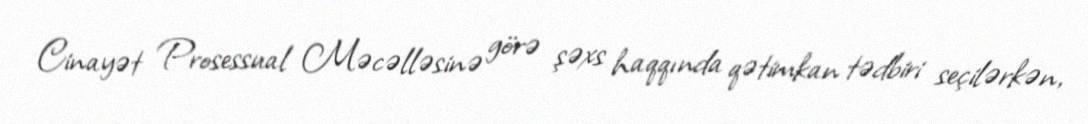
Cinayət Prosessual Məcəlləsinə görə şəxs haqqında qətimkan tədbiri seçilərkən,